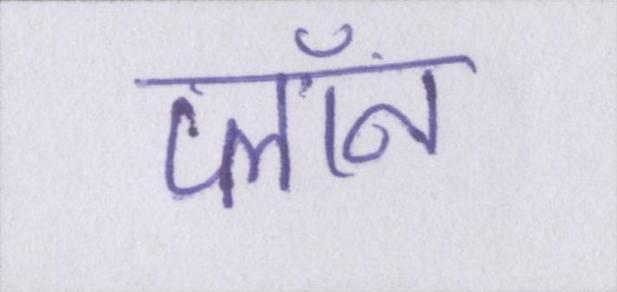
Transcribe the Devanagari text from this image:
प्लॉन